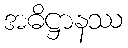
အဓိဋ္ဌာနဿ